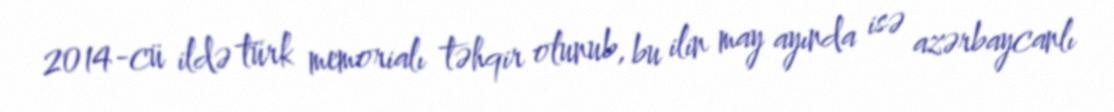
2014-cü ildə türk memorialı təhqir olunub, bu ilin may ayında isə azərbaycanlı